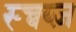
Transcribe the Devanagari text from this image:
स्च्वय्ज़